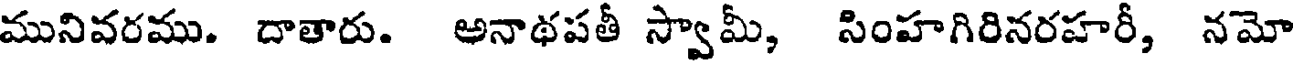
మునివరము. దాతారు. అనాథపతీ స్వామీ, సింహగిరినరహరీ, నమో